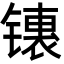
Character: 䦄